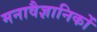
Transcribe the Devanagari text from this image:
मनावैज्ञानिकों